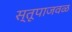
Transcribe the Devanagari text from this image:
स्तूपाजवळ